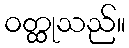
ဝတ္ထုသည်။